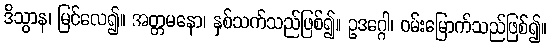
ဒိသွာန၊ မြင်လေ၍။ အတ္တမနော၊ နှစ်သက်သည်ဖြစ်၍။ ဥဒဂ္ဂေါ၊ ဝမ်းမြောက်သည်ဖြစ်၍။